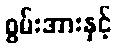
စွမ်းအားနှင့်